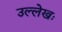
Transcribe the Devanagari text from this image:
उल्लेखः